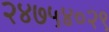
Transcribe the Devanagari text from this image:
२४७५४०२९